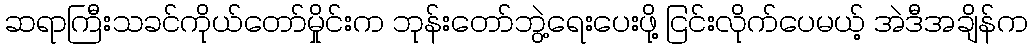
ဆရာကြီးသခင်ကိုယ်တော်မှိုင်းက ဘုန်းတော်ဘွဲ့ရေးပေးဖို့ ငြင်းလိုက်ပေမယ့် အဲဒီအချိန်က